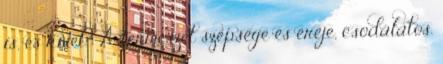
is, és kivel? A természet szépsége és ereje, csodálatos.